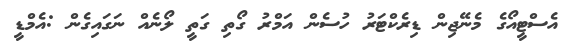
އެސްޓީއޯގެ މެނޭޖިން ޑިރެކްޓަރު ހުސެން އަމްރު ގޯތި ގަތީ ލޯނެއް ނަގައިގެން :އެމްޑީ